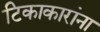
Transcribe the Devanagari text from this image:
टिकाकारांना